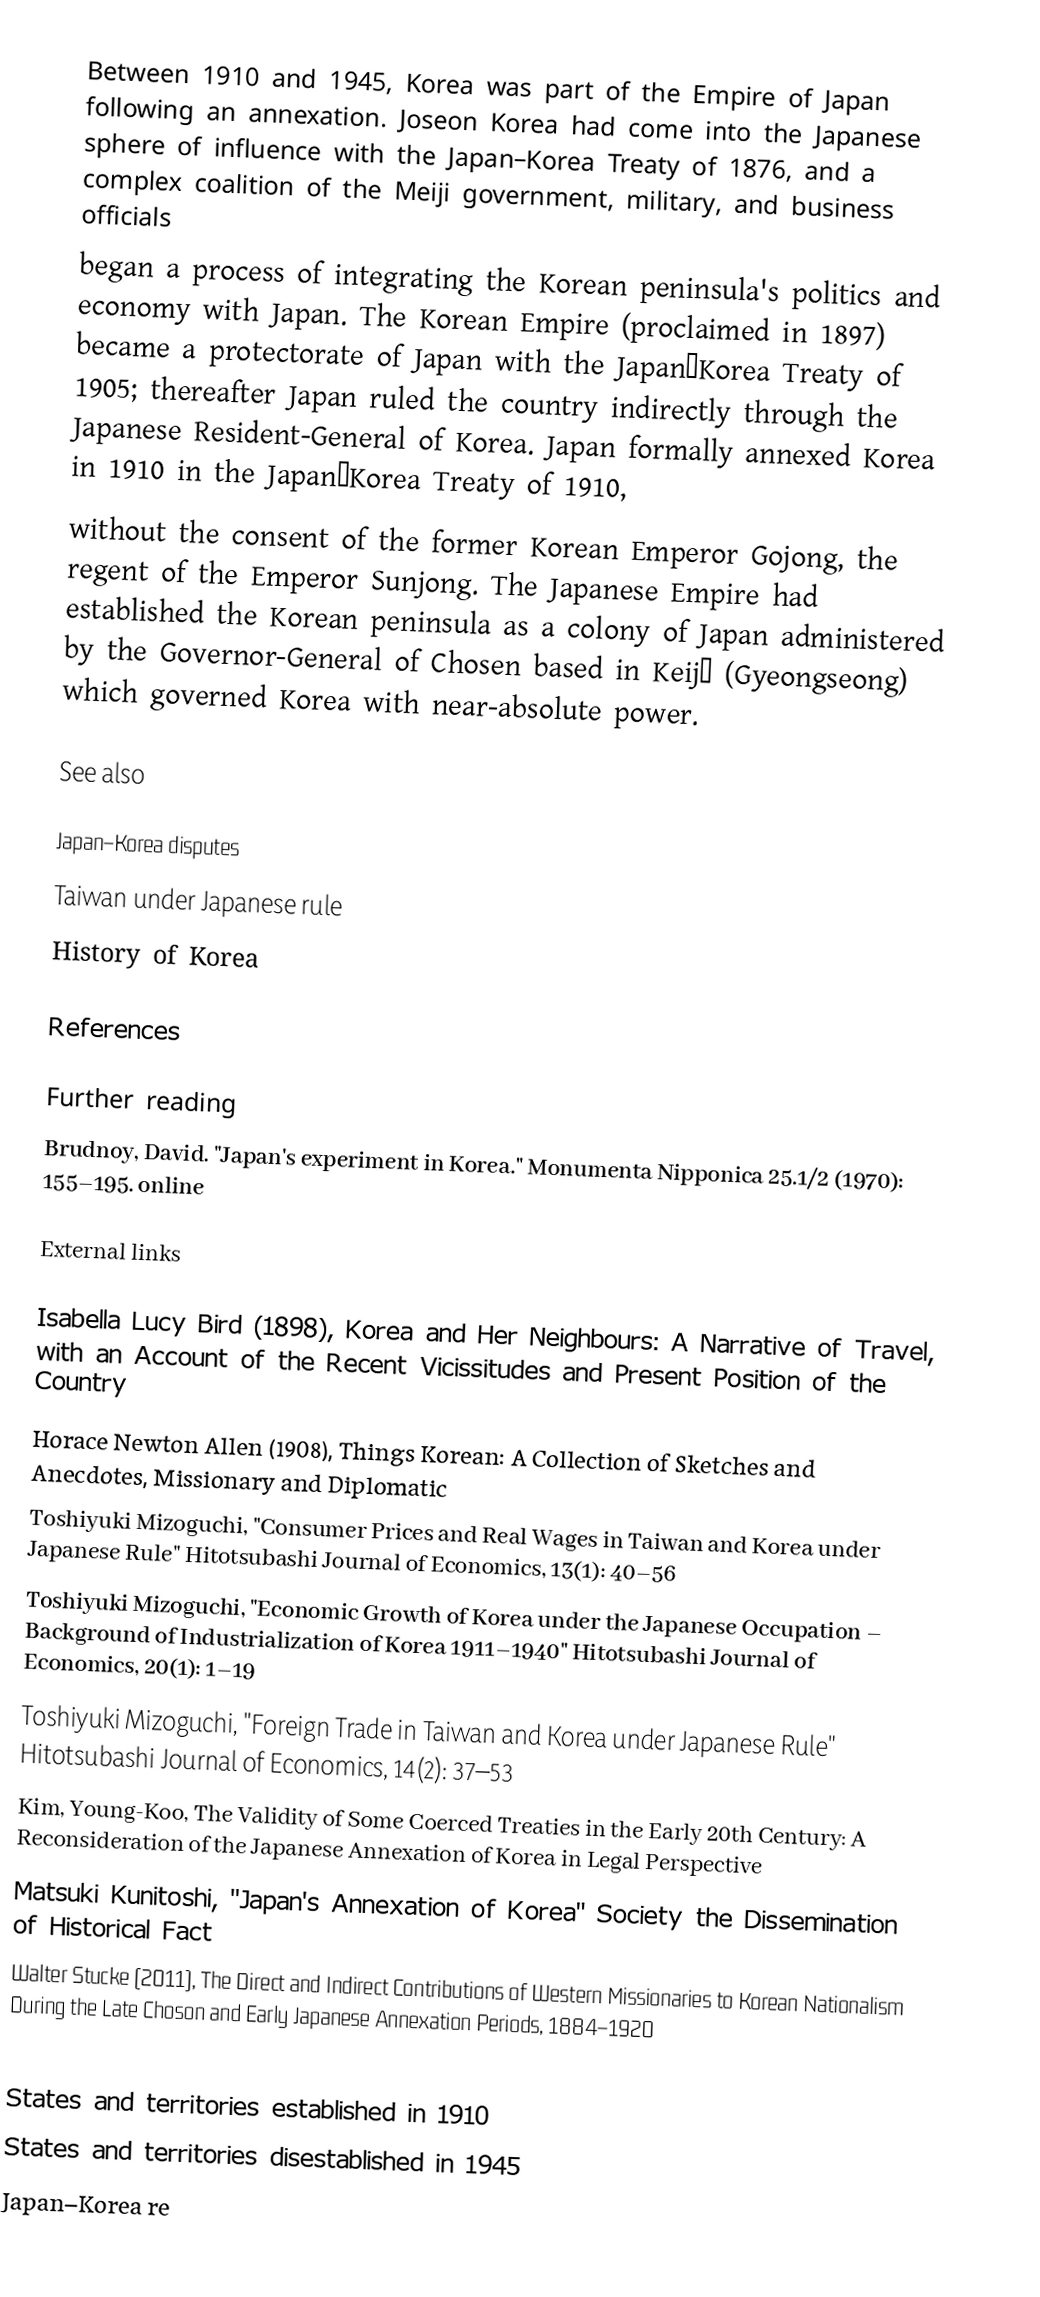
Between 1910 and 1945, Korea was part of the Empire of Japan following an annexation.  Joseon Korea had come into the Japanese sphere of influence with the Japan–Korea Treaty of 1876, and a complex coalition of the  Meiji government, military, and  business officials
began a process of integrating the Korean peninsula's  politics and economy with Japan. The Korean Empire (proclaimed in 1897) became a protectorate of Japan with the Japan–Korea Treaty of 1905; thereafter Japan  ruled the country indirectly through the Japanese Resident-General of Korea. Japan formally annexed Korea in 1910 in the Japan–Korea Treaty of 1910,
without the consent of the former Korean Emperor  Gojong, the regent of the Emperor  Sunjong. The Japanese Empire had established the Korean peninsula as a colony of Japan administered by the Governor-General of Chosen based in Keijō (Gyeongseong) which governed Korea with near-absolute power.

See also

 Japan–Korea disputes
 Taiwan under Japanese rule
 History of Korea

References

Further reading
 Brudnoy, David. "Japan's experiment in Korea." Monumenta Nipponica 25.1/2 (1970): 155–195. online

External links

 Isabella Lucy Bird (1898), Korea and Her Neighbours: A Narrative of Travel, with an Account of the Recent Vicissitudes and Present Position of the Country
 Horace Newton Allen (1908), Things Korean: A Collection of Sketches and Anecdotes, Missionary and Diplomatic
 Toshiyuki Mizoguchi, "Consumer Prices and Real Wages in Taiwan and Korea under Japanese Rule" Hitotsubashi Journal of Economics, 13(1): 40–56
 Toshiyuki Mizoguchi, "Economic Growth of Korea under the Japanese Occupation – Background of Industrialization of Korea 1911–1940" Hitotsubashi Journal of Economics, 20(1): 1–19
 Toshiyuki Mizoguchi, "Foreign Trade in Taiwan and Korea under Japanese Rule" Hitotsubashi Journal of Economics, 14(2): 37–53
 Kim, Young-Koo, The Validity of Some Coerced Treaties in the Early 20th Century: A Reconsideration of the Japanese Annexation of Korea in Legal Perspective
 Matsuki Kunitoshi, "Japan's Annexation of Korea" Society the Dissemination of Historical Fact
 Walter Stucke (2011), The Direct and Indirect Contributions of Western Missionaries to Korean Nationalism During the Late Choson and Early Japanese Annexation Periods, 1884–1920

States and territories established in 1910
States and territories disestablished in 1945
Japan–Korea re